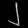
Digit: ၂